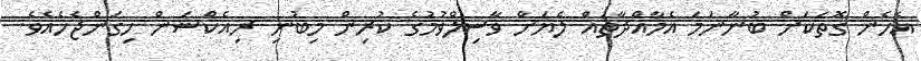
އެހެން ގޮތަކަށް ބުނާނަމަ އެމާއްދާތައް ލެޔަށް ވާސިލްވުމުގެ ކުރިން މިބުނި ރިއެކްޝަން ހިގަންޖެހެއެވެ.